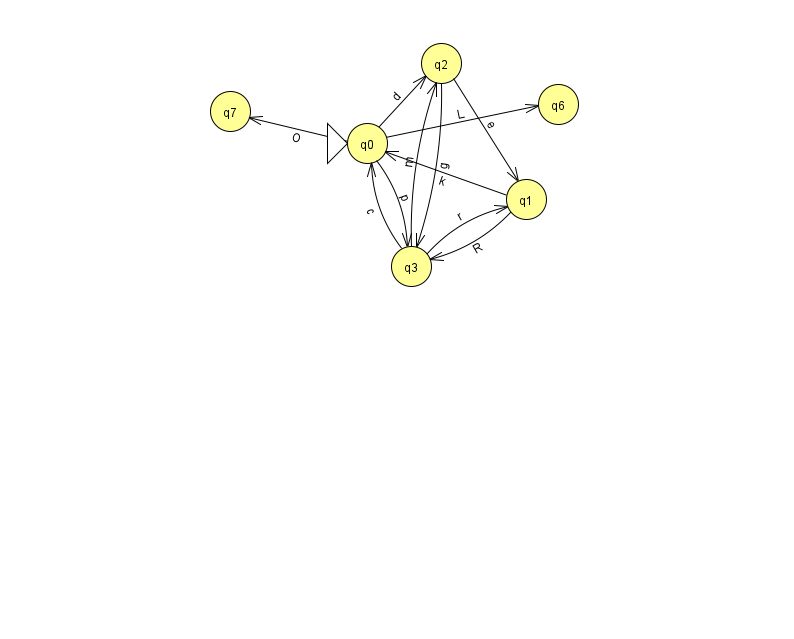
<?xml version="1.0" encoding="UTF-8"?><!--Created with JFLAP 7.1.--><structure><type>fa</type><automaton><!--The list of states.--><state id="0" name="q0"><x>367.0</x><y>130.0</y><initial/></state><state id="1" name="q1"><x>526.0</x><y>186.0</y></state><state id="2" name="q2"><x>441.0</x><y>50.0</y></state><state id="3" name="q3"><x>411.0</x><y>253.0</y></state><state id="6" name="q6"><x>558.0</x><y>91.0</y></state><state id="7" name="q7"><x>230.0</x><y>98.0</y></state><!--The list of transitions.--><transition><from>0</from><to>3</to><read>p</read></transition><transition><from>0</from><to>6</to><read>L</read></transition><transition><from>2</from><to>1</to><read>e</read></transition><transition><from>3</from><to>2</to><read>m</read></transition><transition><from>1</from><to>0</to><read>k</read></transition><transition><from>3</from><to>0</to><read>c</read></transition><transition><from>1</from><to>3</to><read>R</read></transition><transition><from>3</from><to>1</to><read>r</read></transition><transition><from>0</from><to>2</to><read>d</read></transition><transition><from>0</from><to>7</to><read>O</read></transition><transition><from>2</from><to>3</to><read>g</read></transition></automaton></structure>